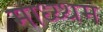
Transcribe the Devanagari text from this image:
माध्य्थम